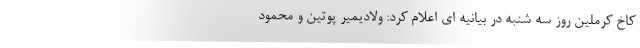
کاخ کرملین روز سه شنبه در بیانیه ای اعلام کرد: ولادیمیر پوتین و محمود